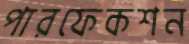
পারফেকশন